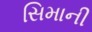
સિમાની